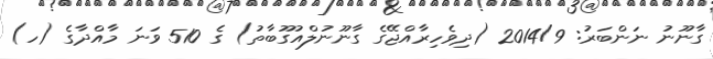
ގާނޫނު ނަންބަރު: 2014/9 (ދިވެހިރާއްޖޭގެ ގާނޫނުލްއުގޫބާތު) ގެ 510 ވަނަ މާއްދާގެ (ހ)